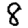
Digit: 8